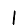
Digit: 1